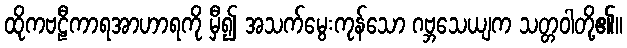
ထိုကဗဠီကာရအာဟာရကို မှီ၍ အသက်မွေးကုန်သော ဂဗ္ဘသေယျက သတ္တဝါတို့၏။